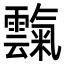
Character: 霼